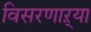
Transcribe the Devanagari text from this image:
विसरणाऱ्या